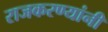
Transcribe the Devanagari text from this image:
राजकरण्यांनी